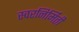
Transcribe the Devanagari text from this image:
स्वरनिर्मिती